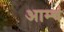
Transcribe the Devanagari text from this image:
आम्चं